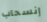
إنسحاب